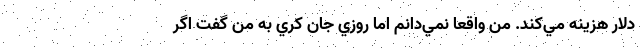
دلار هزينه مي‌كند. من واقعا نمي‌دانم اما روزي جان كري به من گفت اگر